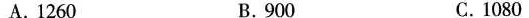
A.1260 B.900 C.1080